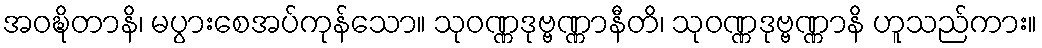
အဝဍ္ဎိတာနိ၊ မပွားစေအပ်ကုန်သော။ သုဝဏ္ဏဒုဗ္ဗဏ္ဏာနီတိ၊ သုဝဏ္ဏဒုဗ္ဗဏ္ဏာနိ ဟူသည်ကား။